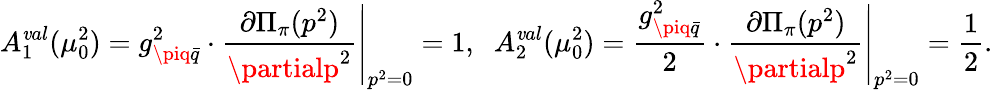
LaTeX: A_{1}^{\mathit{v}al}(\mu_{0}^{2})=g_{\piq\bar{{q}}}^{2}\cdot\left.\frac{{\partial{\Pi}_{\pi}(p^{2})}}{{\partialp^{2}}}\right|_{p^{2}=0}=1,\; \; A_{2}^{\mathit{v}al}(\mu_{0}^{2})=\frac{{g_{\piq\bar{{q}}}^{2}}}{{2}}\cdot\left.\frac{{\partial{\Pi}_{\pi}(p^{2})}}{{\partialp^{2}}}\right|_{p^{2}=0}=\frac{{1}}{{2}}.